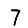
Digit: 7